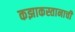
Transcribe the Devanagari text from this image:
कझाकस्तानाची